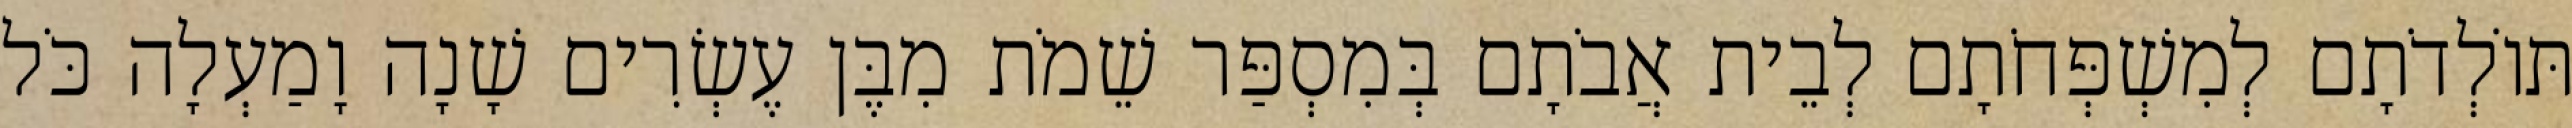
תּוֹלְדֹתָם לְמִשְׁפְּחֹתָם לְבֵית אֲבֹתָם בְּמִסְפַּר שֵׁמֹת מִבֶּן עֶשְׂרִים שָׁנָה וָמַעְלָה כֹּל